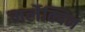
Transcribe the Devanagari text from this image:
मर्लेक्विन